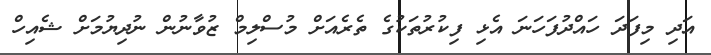
އަދި މިފަދަ ހައްދުފަހަނަ އެޅި ފިކުރުތަކުގެ ތެރެއަށް މުސްލިމް ޒުވާނުން ނުދިޔުމަށް ޝެއިހް